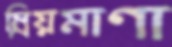
ম্রিয়মাণা